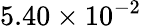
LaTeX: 5.40\times 10^{-2}